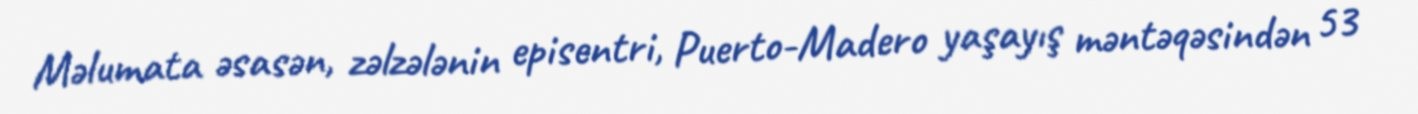
Məlumata əsasən, zəlzələnin episentri, Puerto-Madero yaşayış məntəqəsindən 53